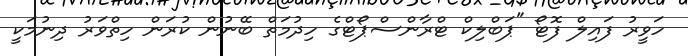
ހަވީރު ފައިލް ފޮޓޯ "ޕަބްލިކް ޓްރާންސްޕޯޓްގެ ހިދުމަތް ބޭނުން ކުރަން ހިތްވަރު ދިނުމަކީ